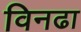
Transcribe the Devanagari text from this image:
विनढा